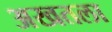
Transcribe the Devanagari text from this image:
अखतला